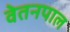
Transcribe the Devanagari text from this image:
वेतनपाल